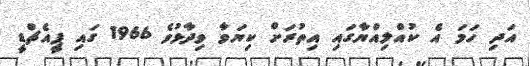
އަދި ހަމަ އެ ކުއްލިއްޔާގައި އިތުރަށް ކިޔަވާ ވިދާޅުވެ 1966 ގައި ޕީއެޗްޑީ